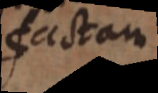
factam